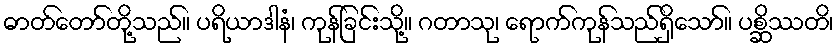
ဓာတ်တော်တို့သည်။ ပရိယာဒါနံ၊ ကုန်ခြင်းသို့။ ဂတာသု၊ ရောက်ကုန်သည်ရှိသော်။ ပစ္ဆိဿတိ၊